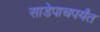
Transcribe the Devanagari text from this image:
साडेपाचपर्यंत